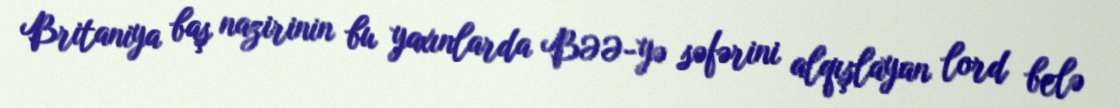
Britaniya baş nazirinin bu yaxınlarda BƏƏ-yə səfərini alqışlayan lord belə